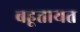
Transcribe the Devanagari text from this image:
बहूतायत